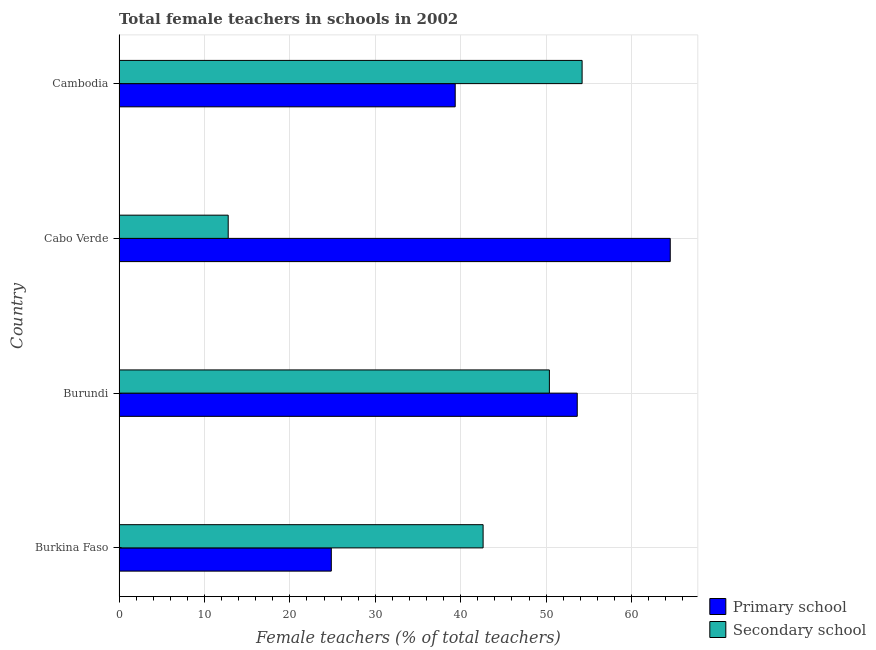
| Country | Primary school | Secondary school |
 | --- | --- | --- |
 | Burkina Faso | 24.9 | 42.6 |
 | Burundi | 53.6 | 50.4 |
 | Cabo Verde | 64.5 | 12.8 |
 | Cambodia | 39.4 | 54.2 |